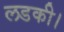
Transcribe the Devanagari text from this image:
लडकी।